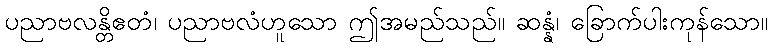
ပညာဗလန္တိဧတံ၊ ပညာဗလံဟူသော ဤအမည်သည်။ ဆန္နံ၊ ခြောက်ပါးကုန်သော။